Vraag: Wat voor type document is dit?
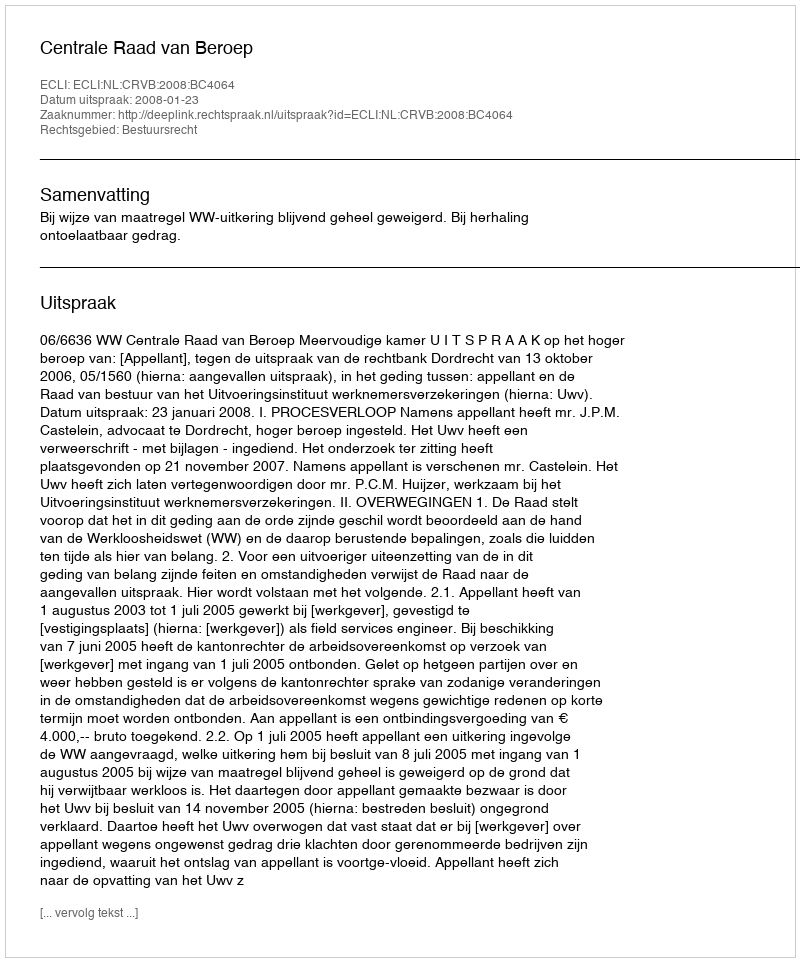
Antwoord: Uitspraak